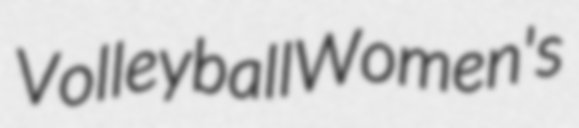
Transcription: Volleyball Women's